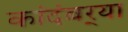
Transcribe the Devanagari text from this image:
कांदंबर्‍या